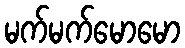
မက်မက်မောမော